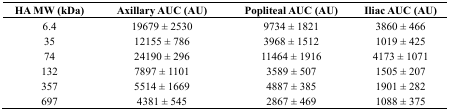
<table><thead><tr><td><b>HA MW (kDa)</b></td><td><b>Axillary AUC (AU)</b></td><td><b>Popliteal AUC (AU)</b></td><td><b>Iliac AUC (AU)</b></td></tr></thead><tbody><tr><td>6.4</td><td>19679 ± 2530</td><td>9734 ± 1821</td><td>3860 ± 466</td></tr><tr><td>35</td><td>12155 ± 786</td><td>3968 ± 1512</td><td>1019 ± 425</td></tr><tr><td>74</td><td>24190 ± 296</td><td>11464 ± 1916</td><td>4173 ± 1071</td></tr><tr><td>132</td><td>7897 ± 1101</td><td>3589 ± 507</td><td>1505 ± 207</td></tr><tr><td>357</td><td>5514 ± 1669</td><td>4887 ± 385</td><td>1901 ± 282</td></tr><tr><td>697</td><td>4381 ± 545</td><td>2867 ± 469</td><td>1088 ± 375</td></tr></tbody></table>